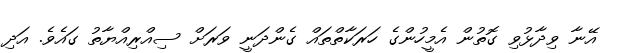
އޭނާ ވިދާޅުވި ގޮތުން އެމީހުންގެ ހަރަކާތްތައް ގެންދަނީ ވަރަށް ސިއްރިއްޔާތު ގައެވެ. އަދި